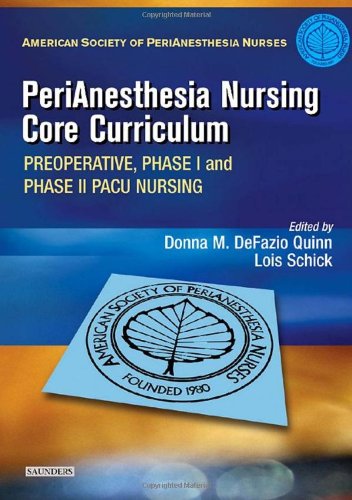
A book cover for PeriAnesthesia Nursing Core Curriculum: Preoperative, Phase I and Phase II PACU Nursing, 1e; ASPAN; Medical Books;